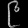
Digit: ၉